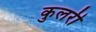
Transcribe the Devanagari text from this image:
कुलरी